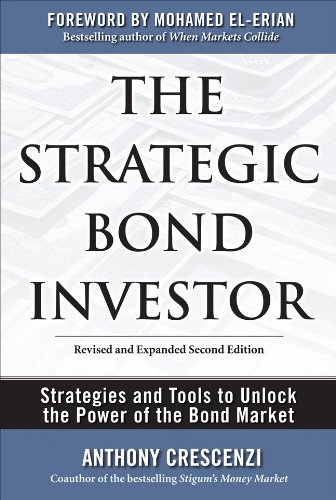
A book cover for The Strategic Bond Investor: Strategies and Tools to Unlock the Power of the Bond Market; Anthony Crescenzi; Business & Money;